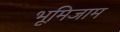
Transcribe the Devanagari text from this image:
भूमिजाम